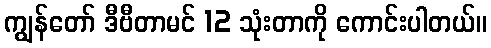
ကျွန်တော် ဒီဗီတာမင် 12 သုံးတာကို ကောင်းပါတယ်။